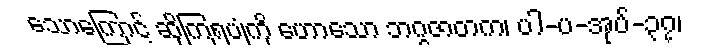
သောကြောင့် ဆိုကြရပုံကို ဟောသော ဘဂ္ဂဇာတက၊ ပါ-ပ-အုပ်-၃၇၊